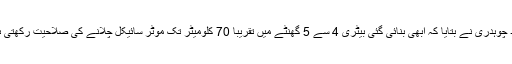
فواد چوہدری نے بتایا کہ ابھی بنائی گئی بیٹری 4 سے 5 گھنٹے میں تقریباً 70 کلومیٹر تک موٹر سائیکل چلانے کی صلاحیت رکھتی ہے۔